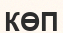
КӨП